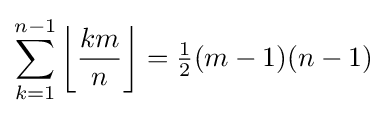
\sum _{k=1}^{n-1}\left\lfloor {\frac {km}{n}}\right\rfloor ={\tfrac {1}{2}}(m-1)(n-1)